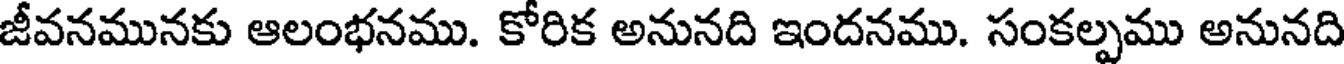
జీవనమునకు ఆలంభనము. కోరిక అనునది ఇందనము. సంకల్పము అనునది